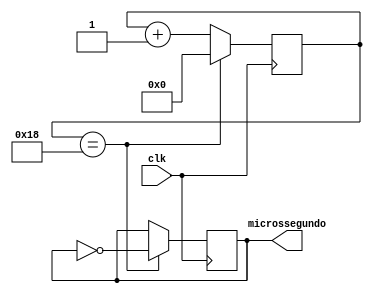
// Autores: 
// Jos Gabriel de Almeida Pontes
// Luis Guilherme Nunes Lima
// Pedro Mendes
// Thiago Pinto Sena
// Cdigo Original: https://github.com/juserrrrr/DigitalSensorQuery/tree/main

module geradorMicrossegundo(
	input clk, 
	output microssegundo
);
	reg [5:0] counterClk = 0; //Contador para alcaar o Clock Desejado
	reg invertedSignal; //Criado para passar o sinal para sada a cada atualizao.
	
	
	//Como  necessario gerar um microsegundo, ento  preciso alcanar o 1Mhz,
	//Ento  necessario dividir 50mhz por 50 para alcaar esse valor e ainda divir por dois para durar cada borda.
	always @(posedge clk) begin
	
		counterClk  <= counterClk +1;
		
		if(counterClk == 25 - 1) begin // 25 -1 por questo de indice
			counterClk <= 0;
			invertedSignal <= !invertedSignal; 
		end
	end
	
	assign microssegundo = invertedSignal; // Assimilar a sada ao sinal invertido.


endmodule